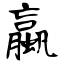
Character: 蠃